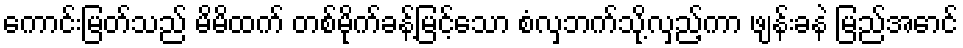
ကောင်းမြတ်သည် မိမိထက် တစ်မိုက်ခန့်မြင့်သော စံလှဘက်သို့လှည့်ကာ ဖျန်းခနဲ မြည်အောင်